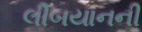
લીબયાનની